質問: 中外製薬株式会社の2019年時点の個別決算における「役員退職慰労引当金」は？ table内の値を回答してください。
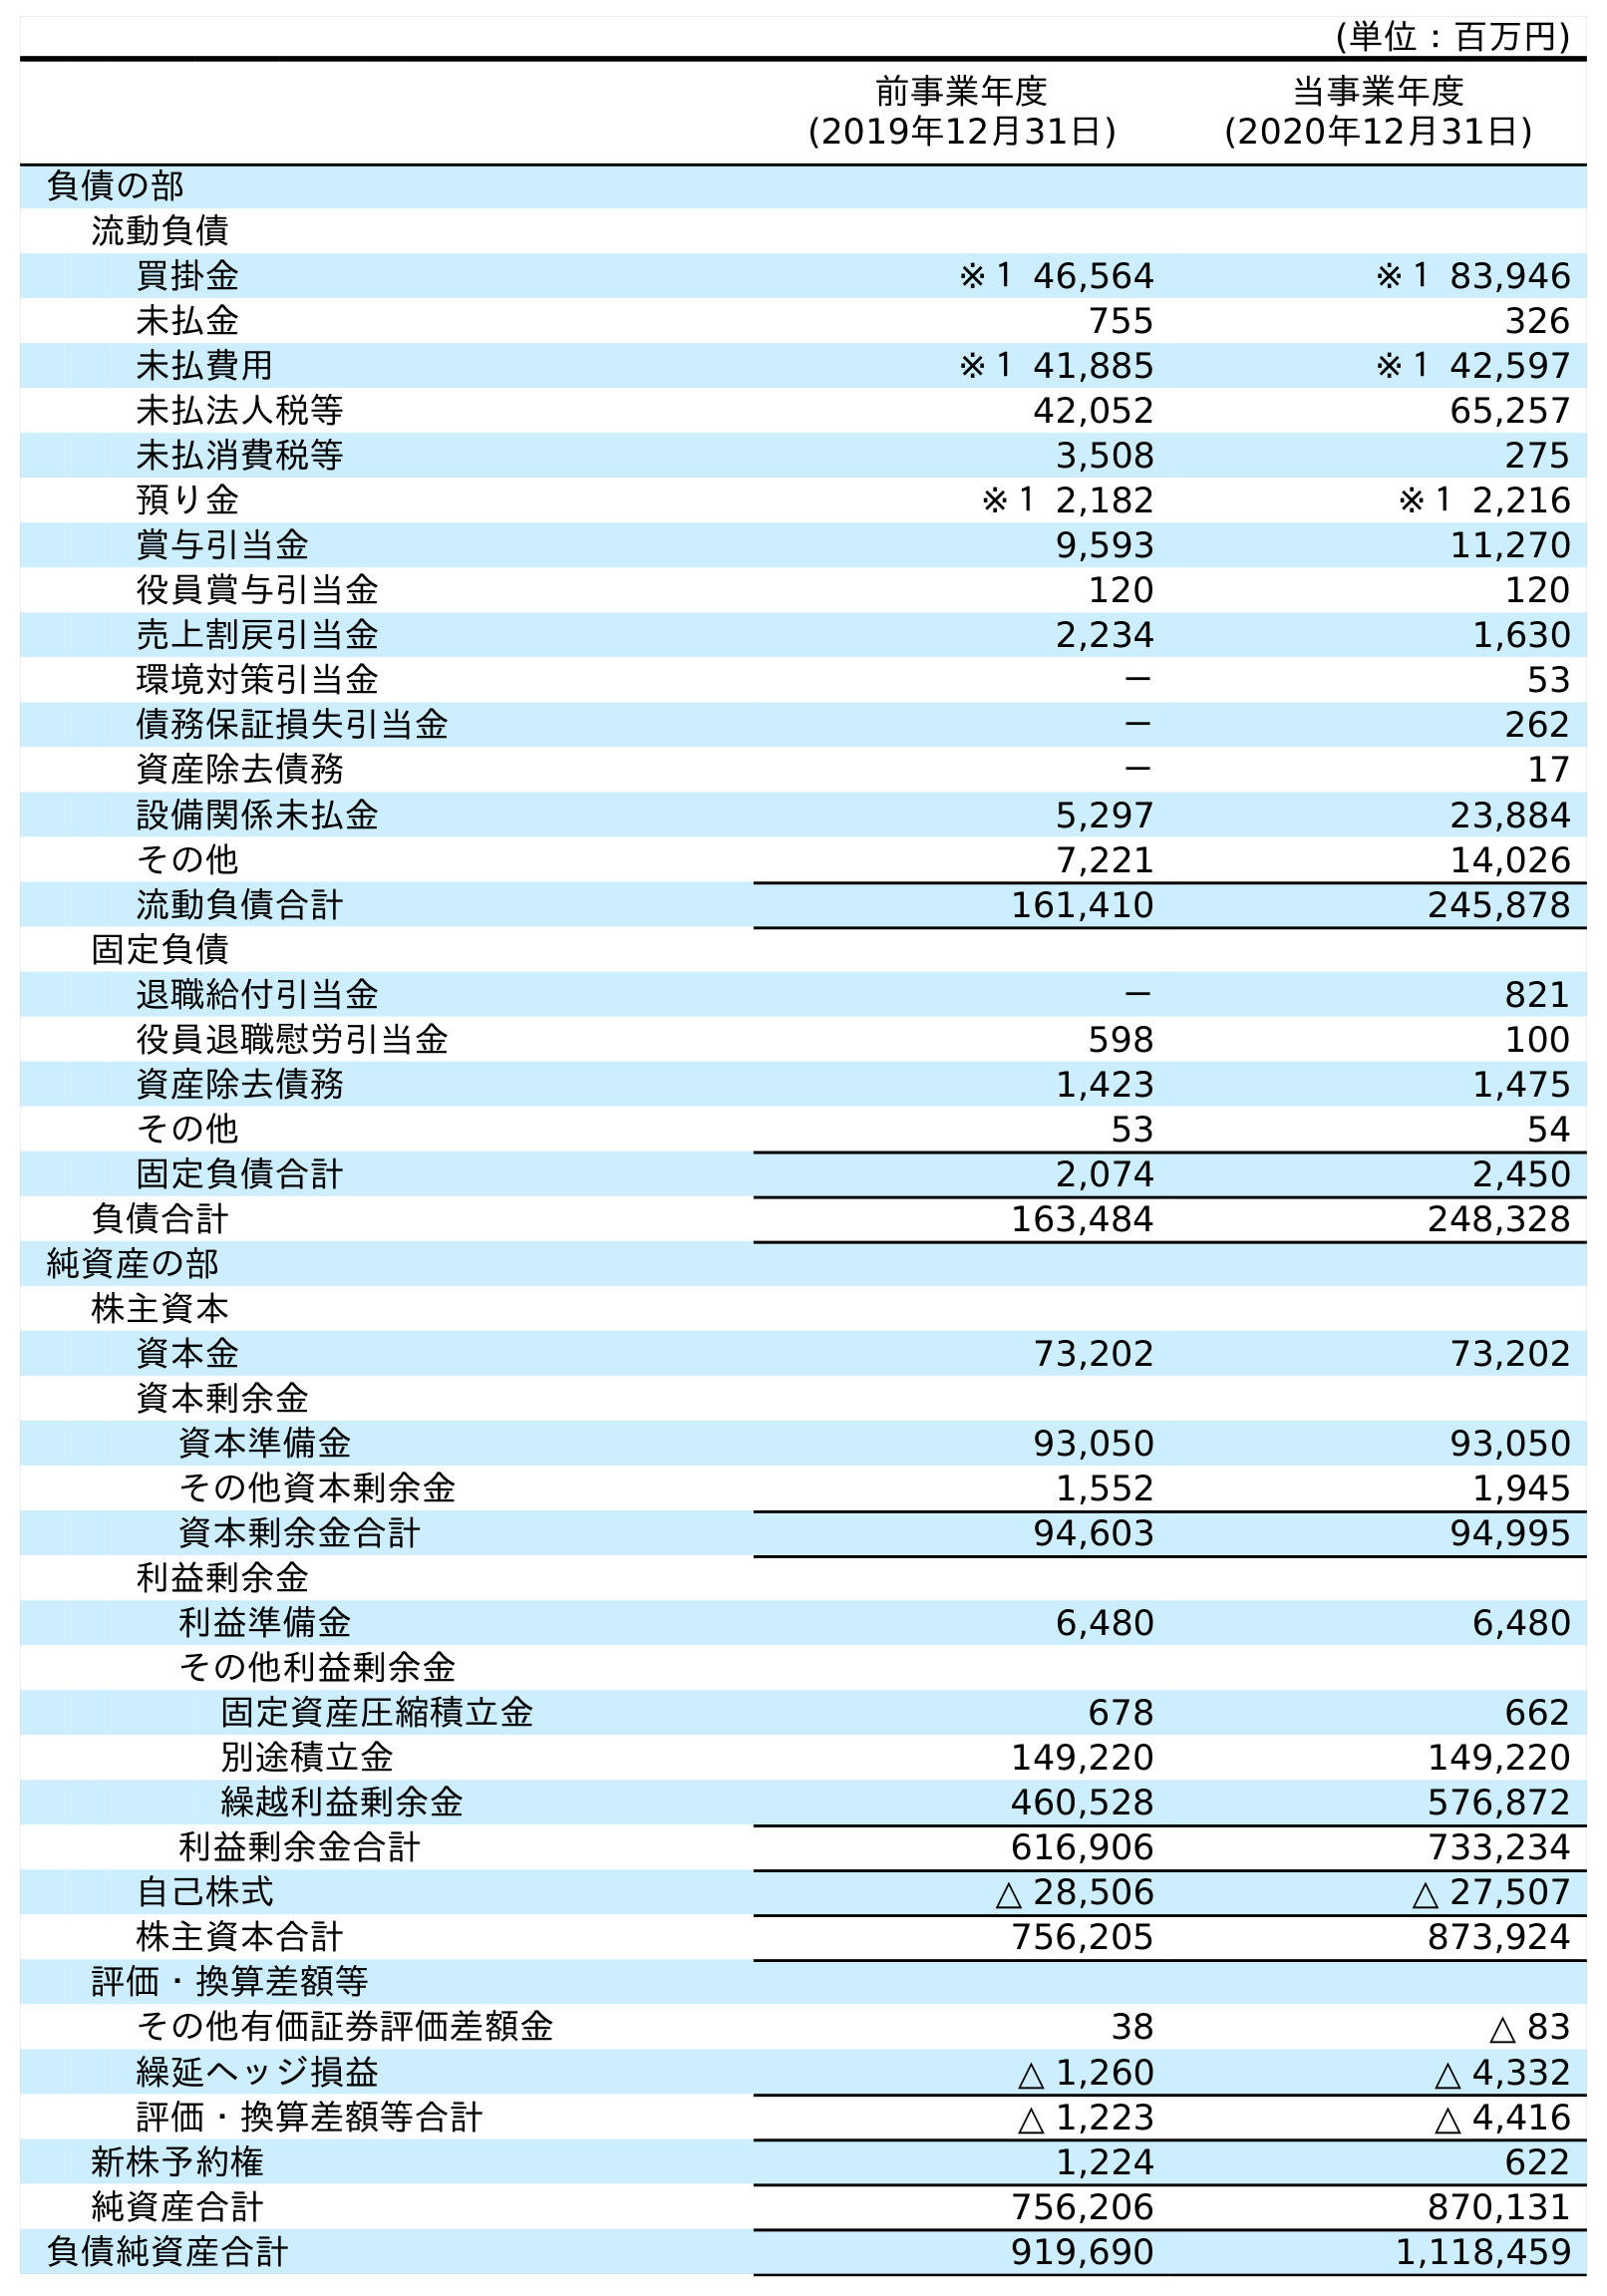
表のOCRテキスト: (単位：百万円) 前事業年度 (2019年12月31日) 当事業年度 (2020年12月31日) 負債の部 流動負債 買掛金 ※１ 46,564 ※１ 83,946 未払金 755 326 未払費用 ※１ 41,885 ※１ 42,597 未払法人税等 42,052 65,257 未払消費税等 3,508 275 預り金 ※１ 2,182 ※１ 2,216 賞与引当金 9,593 11,270 役員賞与引当金 120 120 売上割戻引当金 2,234 1,630 環境対策引当金 － 53 債務保証損失引当金 － 262 資産除去債務 － 17 設備関係未払金 5,297 23,884 その他 7,221 14,026 流動負債合計 161,410 245,878 固定負債 退職給付引当金 － 821 役員退職慰労引当金 598 100 資産除去債務 1,423 1,475 その他 53 54 固定負債合計 2,074 2,450 負債合計 163,484 248,328 純資産の部 株主資本 資本金 73,202 73,202 資本剰余金 資本準備金 93,050 93,050 その他資本剰余金 1,552 1,945 資本剰余金合計 94,603 94,995 利益剰余金 利益準備金 6,480 6,480 その他利益剰余金 固定資産圧縮積立金 678 662 別途積立金 149,220 149,220 繰越利益剰余金 460,528 576,872 利益剰余金合計 616,906 733,234 自己株式 △ 28,506 △ 27,507 株主資本合計 756,205 873,924 評価・換算差額等 その他有価証券評価差額金 38 △ 83 繰延ヘッジ損益 △ 1,260 △ 4,332 評価・換算差額等合計 △ 1,223 △ 4,416 新株予約権 1,224 622 純資産合計 756,206 870,131 負債純資産合計 919,690 1,118,459
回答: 598